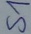
Text: S1